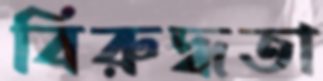
বিরুদ্ধতা